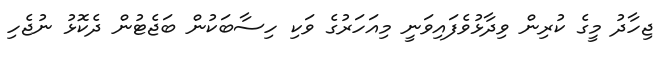
ޖިހާދު މީގެ ކުރިން ވިދާޅުވެފައިވަނީ މިއަހަރުގެ ވަކި ހިސާބަކުން ބަޖެޓުން ދެކޮޅު ނުޖެހި